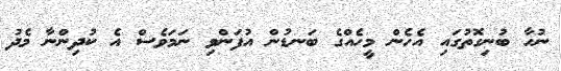
ނުހާ ބުނިގޮތުގައި އެހެން މީހެއްގެ ބަނޑުން އުފަންވި ނަމަވެސް އެ ކުދިންނާ މެދު